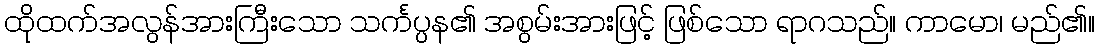
ထိုထက်အလွန်အားကြီးသော သင်္ကပ္ပန၏ အစွမ်းအားဖြင့် ဖြစ်သော ရာဂသည်။ ကာမော၊ မည်၏။